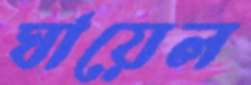
ঘায়েল